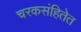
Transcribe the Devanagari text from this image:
चरकसंहितेत